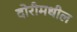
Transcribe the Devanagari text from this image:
दोरीमधील